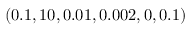
( 0 . 1 , 1 0 , 0 . 0 1 , 0 . 0 0 2 , 0 , 0 . 1 )